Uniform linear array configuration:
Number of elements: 48
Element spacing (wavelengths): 1
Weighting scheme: binomial
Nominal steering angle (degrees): -60
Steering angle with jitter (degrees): -59.452
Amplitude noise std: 0.05
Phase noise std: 0.05

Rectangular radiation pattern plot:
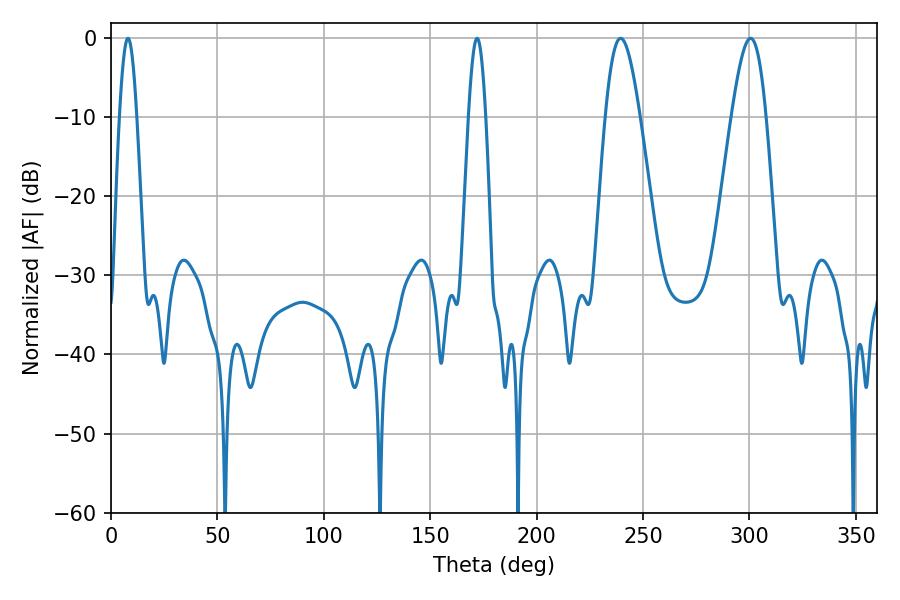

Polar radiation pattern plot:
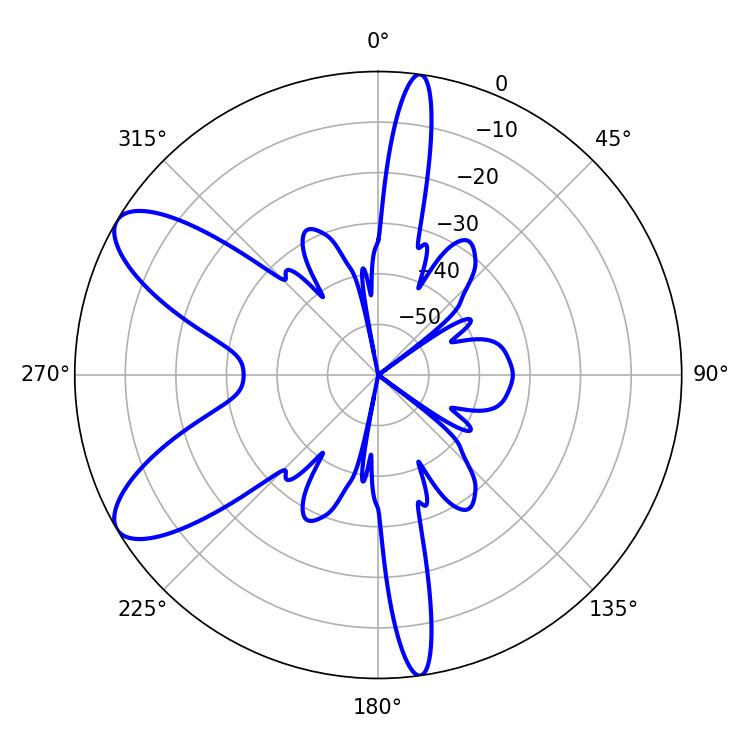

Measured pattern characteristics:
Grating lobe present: TRUE
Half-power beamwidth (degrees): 8.64
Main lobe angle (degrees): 239.4